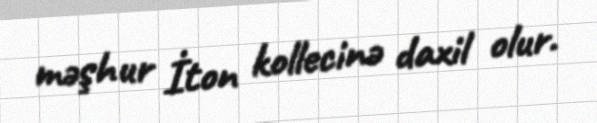
məşhur İton kollecinə daxil olur.